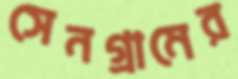
সেনগ্রামের